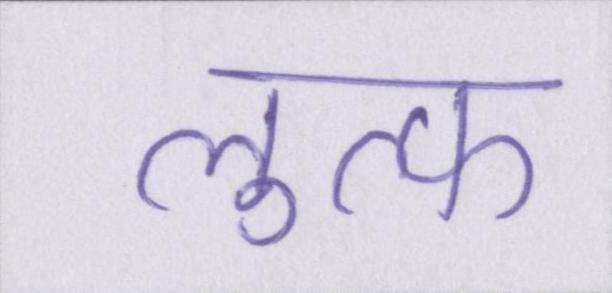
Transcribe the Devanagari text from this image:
लुत्फ